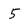
Character: 5